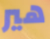
هير